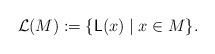
LaTeX: \begin{align*}\mathcal{L}(M) := \{\mathsf{L}(x) \mid x \in M\}.\end{align*}